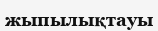
жыпылықтауы